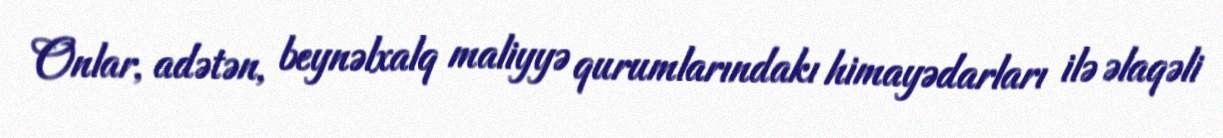
Onlar, adətən, beynəlxalq maliyyə qurumlarındakı himayədarları ilə əlaqəli